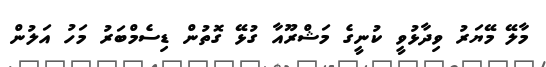
މާލޭ މޭޔަރު ވިދާޅުވީ ކުނީގެ މަޝްރޫއާ ގުޅޭ ގޮތުން ޑިސެމްބަރު މަހު އަލުން